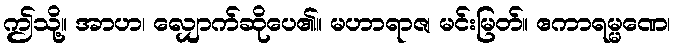
ဤသို့။ အာဟ၊ လျှောက်ဆိုပေ၏။ မဟာရာဇ၊ မင်းမြတ်။ ဧကာရမ္မဏေ၊